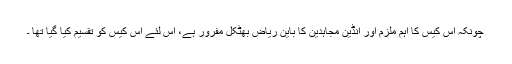
چونکہ اس کیس کا اہم ملزم اور انڈین مجاہدین کا باین ریاض بھٹکل مفرور ہے، اس لئے اس کیس کو تقسیم کیا گیا تھا ۔